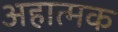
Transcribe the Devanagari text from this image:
अहात्मक